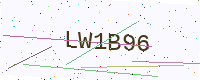
Text: LW1B96